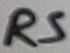
Text: RS